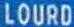
LOURO